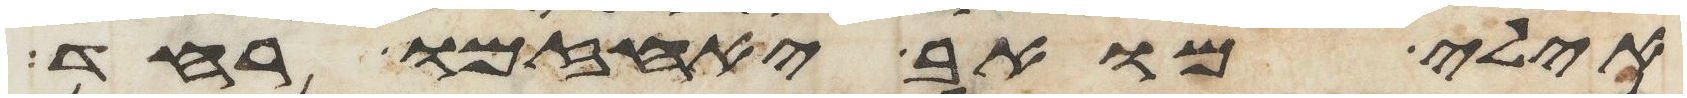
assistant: אילי מואב יאחזמו רעד